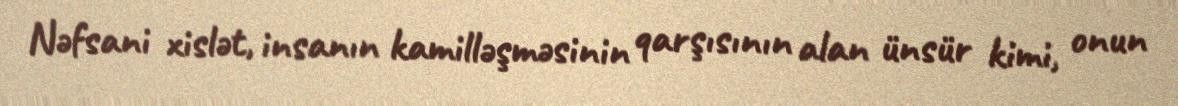
Nəfsani xislət, insanın kamilləşməsinin qarşısının alan ünsür kimi, onun